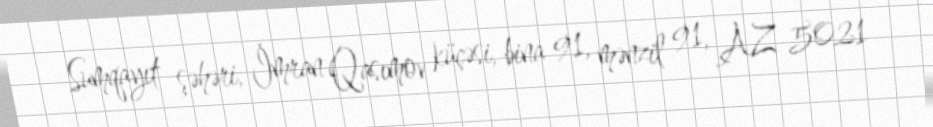
Sumqayıt şəhəri, İmran Qasımov küçəsi, bina 91, mənzil 91, AZ 5021